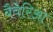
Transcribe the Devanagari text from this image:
बैवेरिआ